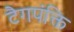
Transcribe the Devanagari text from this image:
टैगपंक्ति